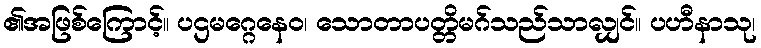
၏အဖြစ်ကြောင့်။ ပဌမဂ္ဂေနေဝ၊ သောတာပတ္တိမဂ်သည်သာလျှင်။ ပဟီနာသု၊